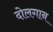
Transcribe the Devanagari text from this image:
दोलगान